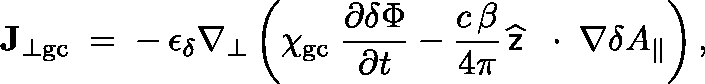
{ \bf J } _ { \bot \mathrm { g c } } \; = \; - \, \epsilon _ { \delta } \nabla _ { \bot } \left( \chi _ { \mathrm { g c } } \; \frac { \partial \delta \Phi } { \partial t } - \frac { c \, \beta } { 4 \pi } \, \widehat { \sf z } \, \mathrm { ~ \boldmath ~ \cdot ~ } \, \nabla \delta A _ { \| } \right) ,